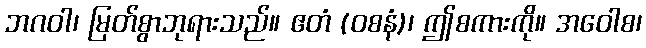
ဘဂဝါ၊ မြတ်စွာဘုရားသည်။ ဧတံ (ဝစနံ)၊ ဤစကားကို။ အဝေါစ၊